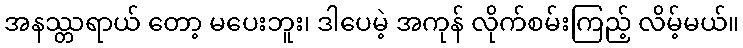
အနဿ္တရာယ် တော့ မပေးဘူး၊ ဒါပေမဲ့ အကုန် လိုက်စမ်းကြည့် လိမ့်မယ်။